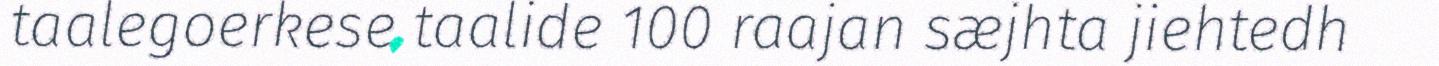
taalegoerkese taalide 100 raajan sæjhta jiehtedh